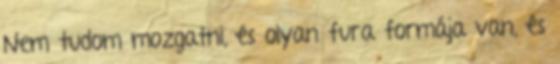
Nem tudom mozgatni, és olyan fura formája van, és